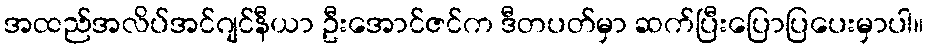
အထည်အလိပ်အင်ဂျင်နီယာ ဦးအောင်ဇင်က ဒီတပတ်မှာ ဆက်ပြီးပြောပြပေးမှာပါ။